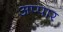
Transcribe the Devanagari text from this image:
अप्पार